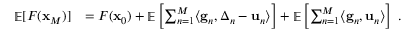
\begin{array} { r l } { \mathop { \mathbb { E } } [ F ( { \mathbf x } _ { M } ) ] } & { = F ( { \mathbf x } _ { 0 } ) + \mathop { \mathbb { E } } \left[ \sum _ { n = 1 } ^ { M } \langle \mathbf { g } _ { n } , { \boldsymbol \Delta } _ { n } - \mathbf { u } _ { n } \rangle \right] + \mathop { \mathbb { E } } \left[ \sum _ { n = 1 } ^ { M } \langle \mathbf { g } _ { n } , \mathbf { u } _ { n } \rangle \right] ~ . } \end{array}